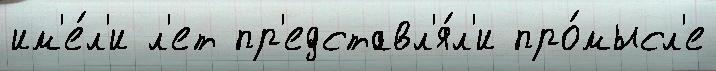
им'е́л'и л'ет пр'едставл'я́л'и про́мысл'е